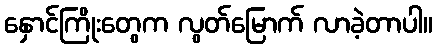
နှောင်ကြိုးတွေက လွတ်မြောက် လာခဲ့တာပါ။